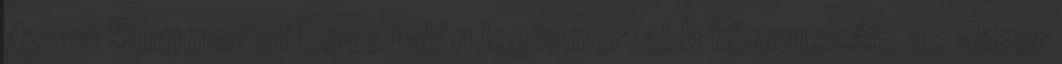
Nyara Summer of Love talán legismertebb himnuszát, az akkor